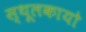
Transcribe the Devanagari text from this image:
स्थूलकायो